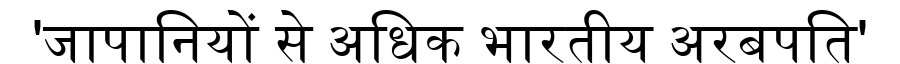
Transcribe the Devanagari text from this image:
'जापानियों से अधिक भारतीय अरबपति'